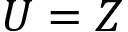
U = Z